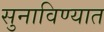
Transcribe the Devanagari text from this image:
सुनाविण्यात